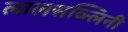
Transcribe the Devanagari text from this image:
लालसव्न्लिनी